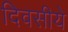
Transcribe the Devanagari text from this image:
दिवसीये